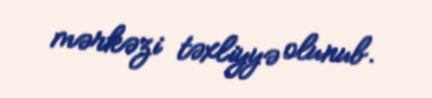
mərkəzi təxliyyə olunub.